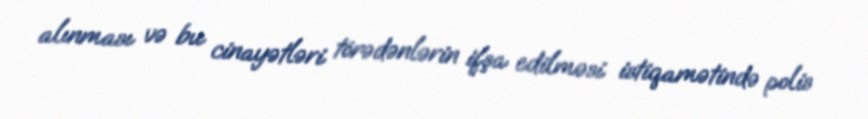
alınması və bu cinayətləri törədənlərin ifşa edilməsi istiqamətində polis